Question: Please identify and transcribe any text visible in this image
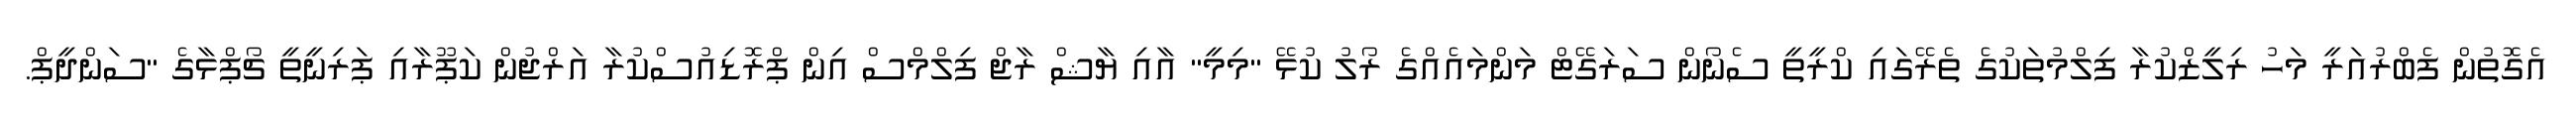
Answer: އެގޮތުން ފެބްރުއަރީ މަހު ރިލީޒްކުރާ ފިލްމުތަކުގެ ތެރޭގައި ކްރީތީ ސެނޯން ސަރަގޭޓް މަންމައެއްގެ ރޯލު ކުޅޭ "މިމީ" އާއި ޔާޝް ރާޖް ފިލްމްސް އިން ޕްރޮޑިއުސްކުރާ އަރްޖުން ކަޕޫރާއި ޕަރިނީތީ ޗޯޕްޅާގެ "ސަންދީޕް.